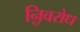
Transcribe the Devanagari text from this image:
निॢवरोध